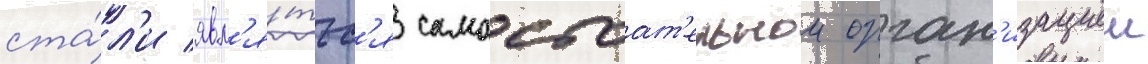
ста́л'и явл'я́тьс'я самостоат'ельнои орган'изациеи